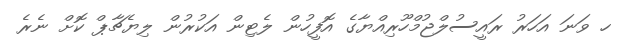
ހ ވަނަ އަހަރު ރައީސުލްޖުމްހޫރިއްޔާގެ އޮފީހުން ލެޓިން އަކުރުން ލިޔެޗާޕް ކޮށް ނެރެ